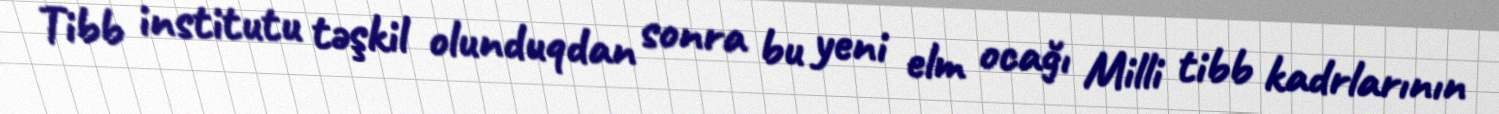
Tibb institutu təşkil olunduqdan sonra bu yeni elm ocağı Milli tibb kadrlarının